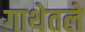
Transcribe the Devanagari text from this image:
गाथेतले